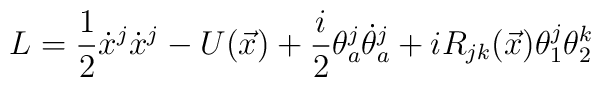
L=\displaystyle\frac{1}{2} \dot{x}^j \dot{x}^j-U(\vec{x})+\displaystyle\frac{i}{2} \theta^j_a \dot{\theta}^j_a+i R_{jk}(\vec{x}) \theta^j_1 \theta^k_2